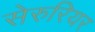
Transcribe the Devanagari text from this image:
सेरुरियर